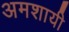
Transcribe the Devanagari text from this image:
अमशायी